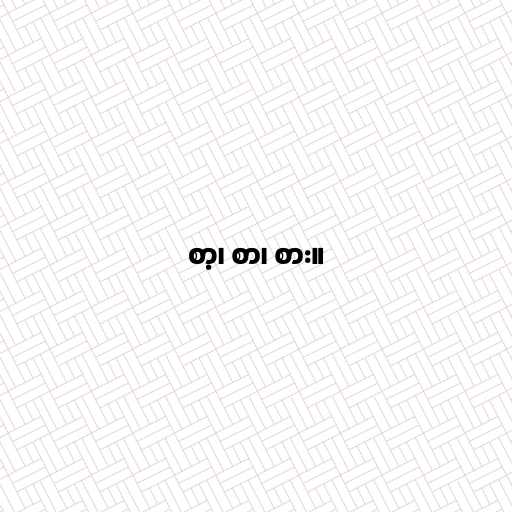
စာ့၊ စာ၊ စား။